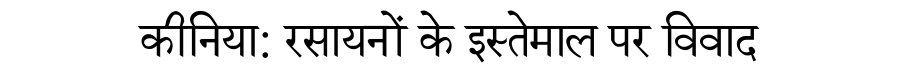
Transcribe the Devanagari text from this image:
कीनिया: रसायनों के इस्तेमाल पर विवाद